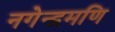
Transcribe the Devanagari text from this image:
नगेन्द्रमणि